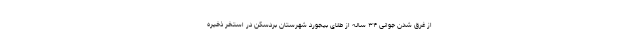
از غرق شدن جوانی ۳۴ ساله از طلای بیجورد شهرستان بردسکن در استخر ذخیره